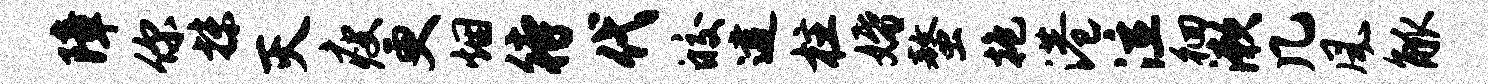
障你抹灭瘦更烟待代皎逮柱婚螯抱港泣徊漱几风觚